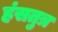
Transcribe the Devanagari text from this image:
हंसतुत्र